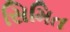
સિમિત